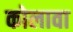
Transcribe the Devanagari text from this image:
कोलावा